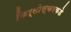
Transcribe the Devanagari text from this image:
किर्लोस्करकडे